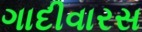
ગાદીવારસ